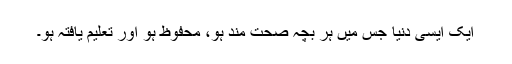
ایک ایسی دنیا جس میں ہر بچہ صحت مند ہو، محفوظ ہو اور تعلیم یافتہ ہو۔